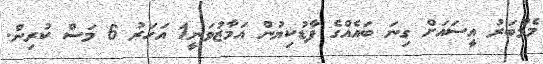
މެމްބަރު އީސައަށް ގިނަ ބައެއްގެ ފާޑުކިޔުން އަމާޒުވަނީ1 އަހަރު 6 މަސް ކުރިން.